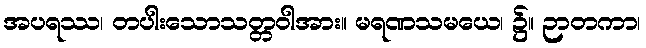
အပရဿ၊ တပါးသောသတ္တဝါအား။ မရဏသမယေ၊ ၌။ ဉာတကာ၊